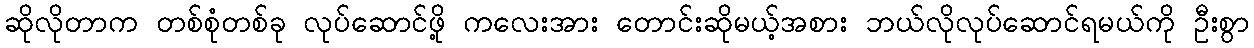
ဆိုလိုတာက တစ်စုံတစ်ခု လုပ်ဆောင်ဖို့ ကလေးအား တောင်းဆိုမယ့်အစား ဘယ်လိုလုပ်ဆောင်ရမယ်ကို ဦးစွာ